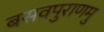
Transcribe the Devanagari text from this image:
बसवपुराणमु